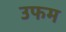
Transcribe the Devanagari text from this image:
उफम